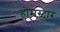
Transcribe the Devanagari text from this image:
होमस्टार